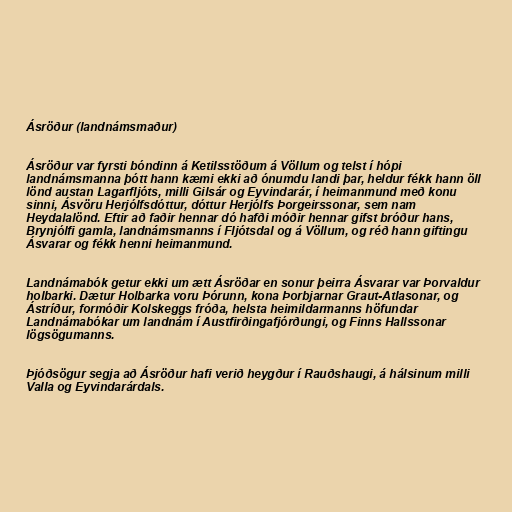
Ásröður (landnámsmaður)

Ásröður var fyrsti bóndinn á Ketilsstöðum á Völlum og telst í hópi
landnámsmanna þótt hann kæmi ekki að ónumdu landi þar, heldur fékk hann öll
lönd austan Lagarfljóts, milli Gilsár og Eyvindarár, í heimanmund með konu
sinni, Ásvöru Herjólfsdóttur, dóttur Herjólfs Þorgeirssonar, sem nam
Heydalalönd. Eftir að faðir hennar dó hafði móðir hennar gifst bróður hans,
Brynjólfi gamla, landnámsmanns í Fljótsdal og á Völlum, og réð hann giftingu
Ásvarar og fékk henni heimanmund.

Landnámabók getur ekki um ætt Ásröðar en sonur þeirra Ásvarar var Þorvaldur
holbarki. Dætur Holbarka voru Þórunn, kona Þorbjarnar Graut-Atlasonar, og
Ástríður, formóðir Kolskeggs fróða, helsta heimildarmanns höfundar
Landnámabókar um landnám í Austfirðingafjórðungi, og Finns Hallssonar
lögsögumanns.

Þjóðsögur segja að Ásröður hafi verið heygður í Rauðshaugi, á hálsinum milli
Valla og Eyvindarárdals.